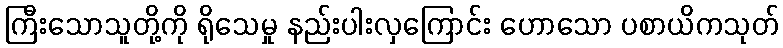
ကြီးသောသူတို့ကို ရိုသေမှု နည်းပါးလှကြောင်း ဟောသော ပစာယိကသုတ်